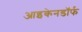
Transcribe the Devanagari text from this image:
आइकेनडॉर्फ